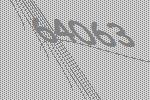
64063